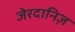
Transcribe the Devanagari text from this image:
जेरदानिज़